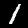
Digit: 1